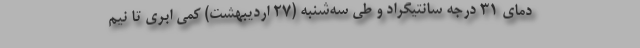
دمای ۳۱ درجه سانتیگراد و طی سه‌شنبه (۲۷ اردیبهشت) کمی ابری تا نیم